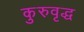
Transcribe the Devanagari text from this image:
कुरुवृद्ध